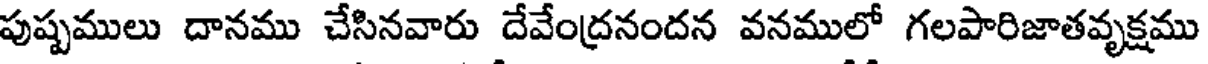
పుష్పములు దానము చేసినవారు దేవేంద్రనందన వనములో గలపారిజాతవృక్షము